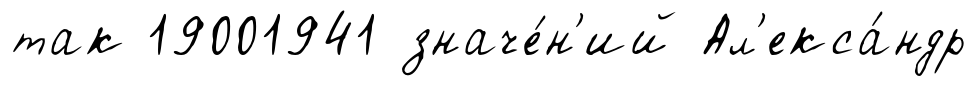
так 19001941 значе́н'ий Ал'екса́ндр